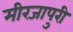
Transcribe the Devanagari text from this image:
मीरजापुरी